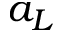
a _ { L }